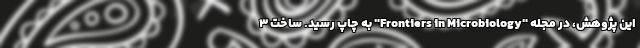
این پژوهش، در مجله "Frontiers in Microbiology" به چاپ رسید. ساخت ۳